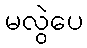
မလွဲပေ